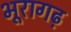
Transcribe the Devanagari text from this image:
भूरागढ़